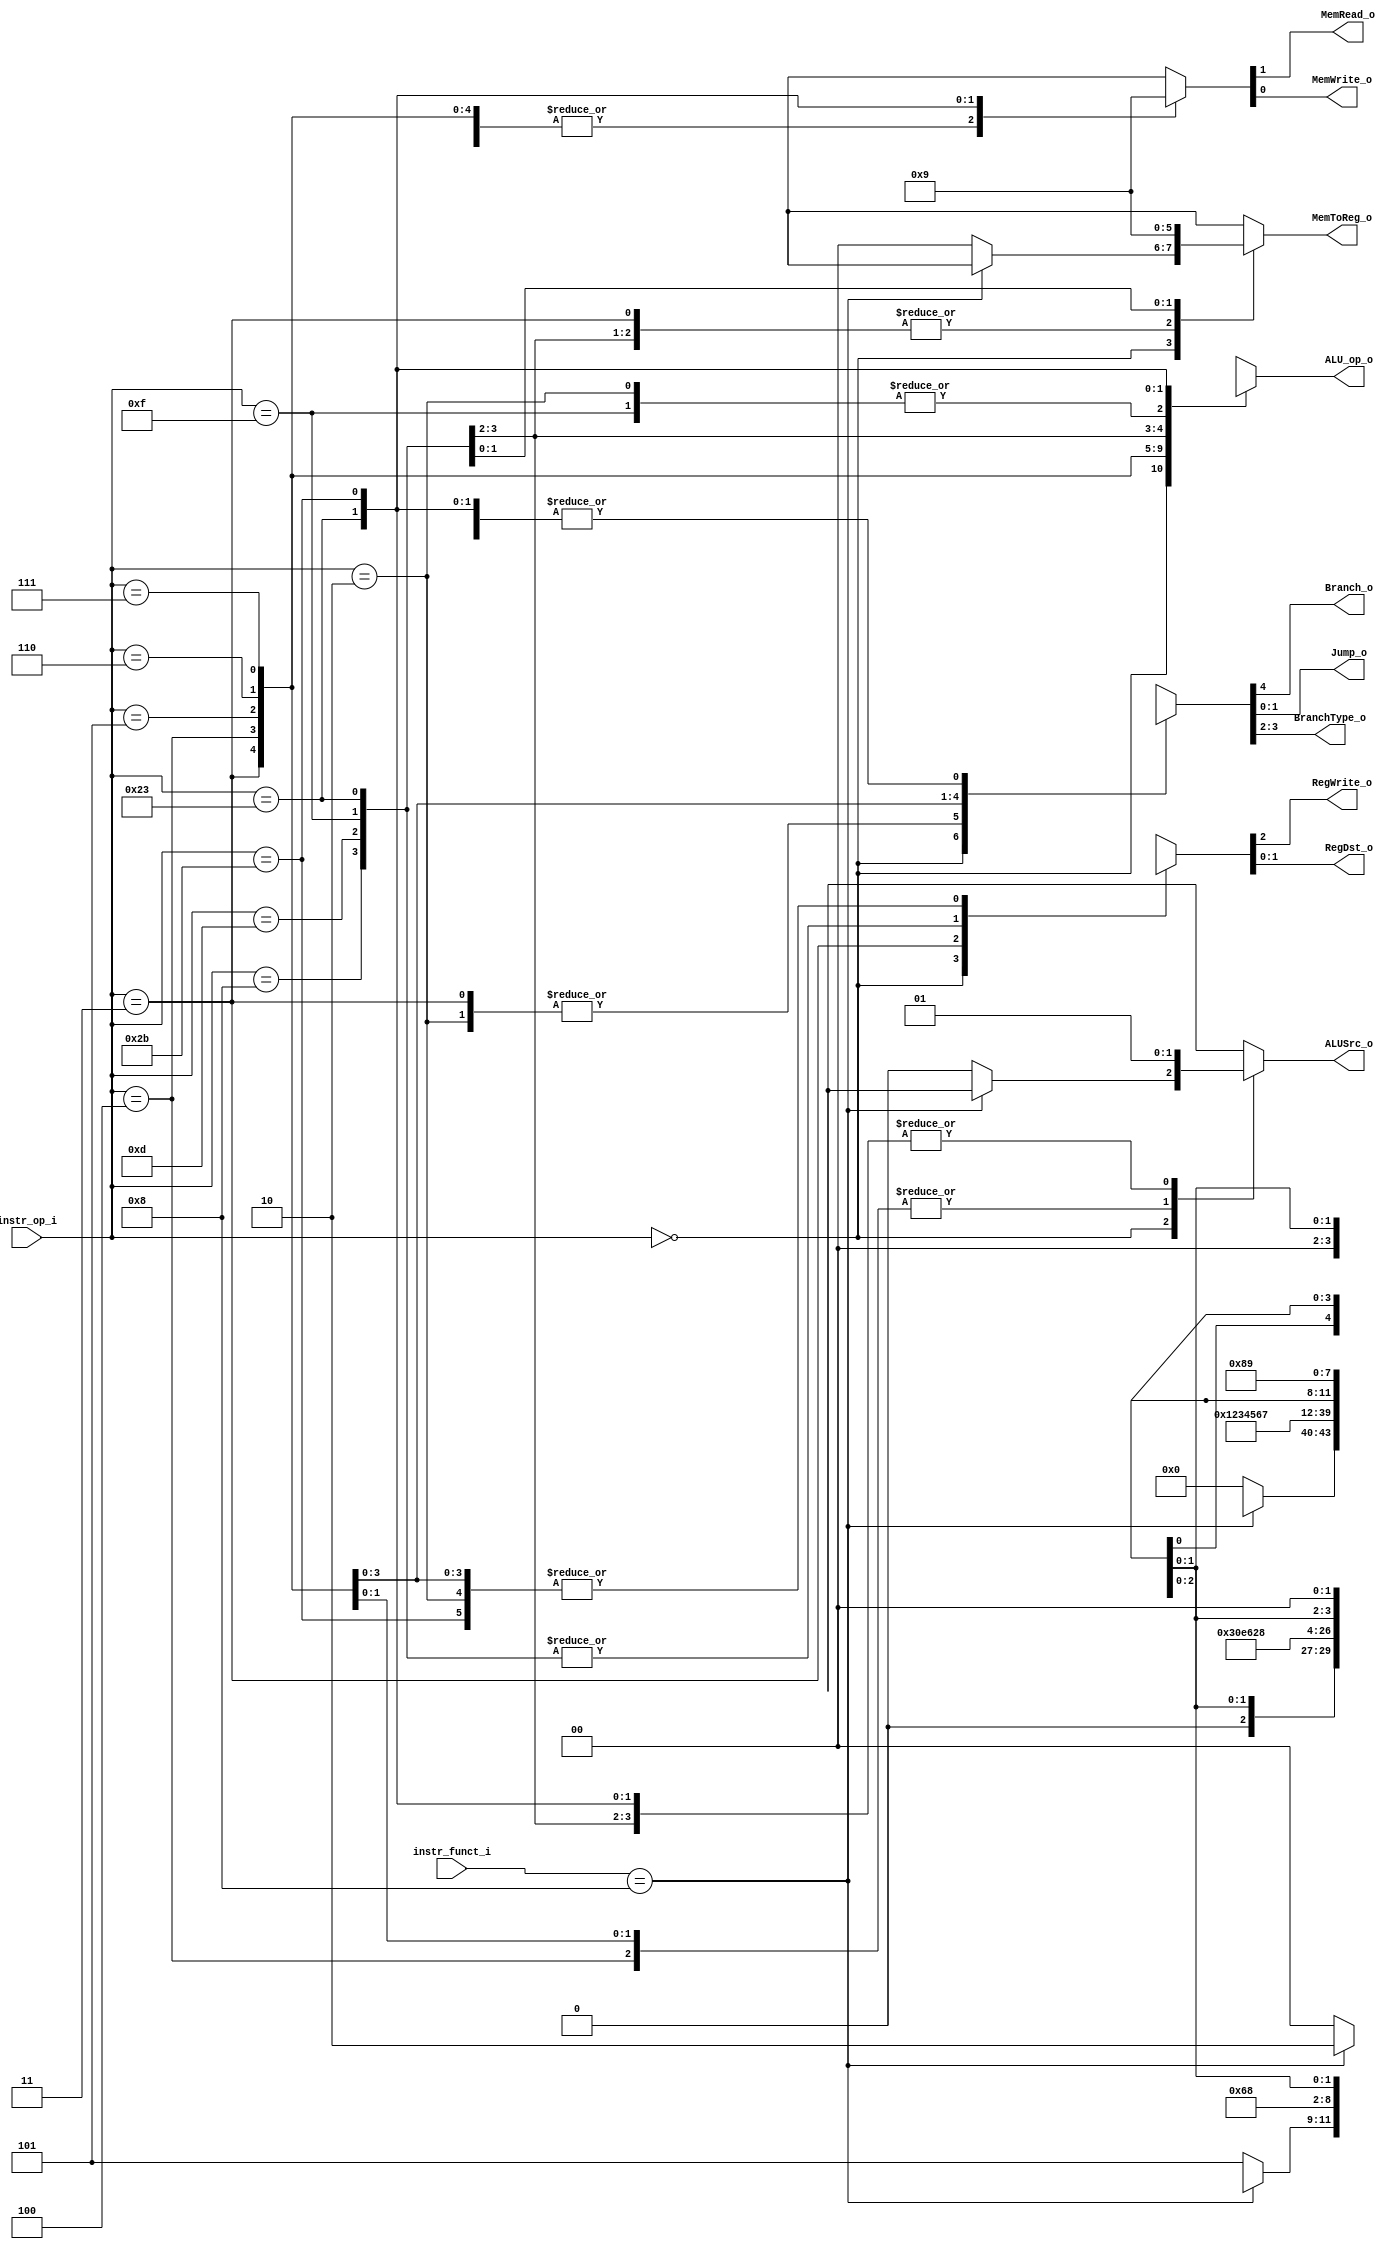
//Subject:     CO project 3 
//--------------------------------------------
//Student: 0411276 Chen Yi An
//Student: 0413335 Kuo Yi Lin
//--------------------------------------------

module Decoder(
input	[6-1:0]instr_op_i,
input [6-1:0]instr_funct_i, 
output	reg 				RegWrite_o,
output	reg [4-1:0]	ALU_op_o,
output	reg					ALUSrc_o,
output	reg	[2-1:0]	RegDst_o,
output	reg					Branch_o,
output	reg [2-1:0]	Jump_o,
output	reg [2-1:0]	MemToReg_o,
output	reg [2-1:0]	BranchType_o,
output	reg					MemRead_o,
output	reg					MemWrite_o
	);
	
//Internal signals

//indiacate the Branch_Type
parameter bType_BNEZ 	= 2'd3;
parameter bType_BLT 	= 2'd2;
parameter bType_BLE 	= 2'd1;
parameter bType_BEQ 	= 2'd0;

//{RegWrite_o, RegDst_o }
parameter REG_NO_WRITE 		= 3'b0_xx;
parameter REG_WRITE_SRC_RT 	= 3'b1_00;
parameter REG_WRITE_SRC_RD 	= 3'b1_01;
parameter REG_JAL           = 3'b1_10;//designed for Jal instruciton 

//{ MemRead_o, MemWrite_o }
parameter MEM_NO_ACCESS = 2'b00;
parameter MEM_READ 		= 2'b10;
parameter MEM_WRITE		= 2'b01;

/*-----------------------------------------------------------------------------
Specify the mux selection value which determined 
		whether the dataflow to Register file came from. 
This selective value is a must-be if writing back to RegisterFile is needed 
------------------------------------------------------------------------------*/
//MToR: MemtoReg_o 
parameter MToR_ALU 		= 2'd0;
parameter MToR_MEM 		= 2'd1;
parameter MToR_IMMDT 	= 2'd2;  


parameter ALU_SRC_REG 	= 1'b0;
parameter ALU_SRC_IMMDT = 1'b1;

parameter JUMP_NO 	= 2'd0;
parameter JUMP_YES	= 2'd1;
parameter JUMP_JR		= 2'd2;

parameter DONTCARE1 = 1'bx;
parameter DONTCARE2 = 2'bxx; 
parameter DONTCARE4 = 4'bxxxx;

//Main function
	always@(*)begin
	  case (instr_op_i)
	  	6'd0:begin 
				if( instr_funct_i == 6'h08)begin //Jump Regsiter --Representative instruction of this datapath 
					ALU_op_o                  <= DONTCARE4;
					ALUSrc_o                  <= DONTCARE1;
					{ RegWrite_o, RegDst_o }  <= REG_NO_WRITE;
					MemToReg_o                <= DONTCARE2;
					{ MemRead_o, MemWrite_o } <= MEM_NO_ACCESS;
					{ Branch_o, BranchType_o, Jump_o } <= { 1'b0, DONTCARE2, JUMP_JR};
				end
				else begin //Add	
					ALU_op_o                  <= 4'd0;
					ALUSrc_o                  <= ALU_SRC_REG;
					{ RegWrite_o, RegDst_o }  <= REG_WRITE_SRC_RD;
					MemToReg_o                <= MToR_ALU ;
					{ MemRead_o, MemWrite_o } <= MEM_NO_ACCESS;
					{ Branch_o, BranchType_o, Jump_o } <= { 1'b0, DONTCARE2, JUMP_NO};
		    end
			end

		6'd2:begin // Jump
			ALU_op_o                  <= DONTCARE4 ;
			ALUSrc_o                  <= DONTCARE1 ;
			{ RegWrite_o, RegDst_o }  <= REG_NO_WRITE ;
			MemToReg_o                <= DONTCARE2 ;
			{ MemRead_o, MemWrite_o } <= MEM_NO_ACCESS;
			{ Branch_o, BranchType_o, Jump_o } 	<= { 1'b0, DONTCARE2, JUMP_YES};
		  end


		6'd3:begin // JAL: Jump And Link
			ALU_op_o                  <= 4'd1;
			ALUSrc_o                  <= DONTCARE1 ;
			{ RegWrite_o, RegDst_o }  <= REG_JAL; //Special Case
			MemToReg_o                <= MToR_ALU; //The ALU would directly ouptut PC+4 
			{ MemRead_o, MemWrite_o } <= MEM_NO_ACCESS;
			{ Branch_o, BranchType_o, Jump_o } 	<= { 1'b0, DONTCARE2, JUMP_YES};
		  end

		6'd4:begin //BEQ
			ALU_op_o                  <= 4'd2;
			ALUSrc_o                  <= ALU_SRC_REG ;
			{ RegWrite_o, RegDst_o }  <= REG_NO_WRITE;
			MemToReg_o                <= DONTCARE2;
			{ MemRead_o, MemWrite_o } <= MEM_NO_ACCESS;
			{ Branch_o, BranchType_o, Jump_o } 	<= { 1'b1, bType_BEQ, JUMP_NO};
		  end

		6'd5:begin	//BNEZ
			ALU_op_o                  <= 4'd3;
			ALUSrc_o                  <= DONTCARE1 ;//The output of ALu is simply depend on "RS" field 
			{ RegWrite_o, RegDst_o }  <= REG_NO_WRITE;
			MemToReg_o                <= DONTCARE2;
			{ MemRead_o, MemWrite_o } <= MEM_NO_ACCESS;
			{ Branch_o, BranchType_o, Jump_o } 	<= { 1'b1, bType_BNEZ, JUMP_NO};
		  end

		6'd6:begin //BLT : Branch Less Than
			ALU_op_o                  <= 4'd4;
			ALUSrc_o                  <= ALU_SRC_REG ;
			{ RegWrite_o, RegDst_o }  <= REG_NO_WRITE;
			MemToReg_o                <= DONTCARE2;
			{ MemRead_o, MemWrite_o } <= MEM_NO_ACCESS;
			{ Branch_o, BranchType_o, Jump_o } 	<= { 1'b1, bType_BLT, JUMP_NO};
		  end

		6'd7:begin //BLE : Branch Less Equal
			ALU_op_o                  <= 4'd5;
			ALUSrc_o                  <= ALU_SRC_REG ;
			{ RegWrite_o, RegDst_o }  <= REG_NO_WRITE;
			MemToReg_o                <= DONTCARE2;
			{ MemRead_o, MemWrite_o } <= MEM_NO_ACCESS;
			{ Branch_o, BranchType_o, Jump_o } 	<= { 1'b1, bType_BLE, JUMP_NO};
		  end

		6'd8:begin //ADDI
			ALU_op_o                  <= 4'd6;
			ALUSrc_o                  <= ALU_SRC_IMMDT;
			{ RegWrite_o, RegDst_o }  <= REG_WRITE_SRC_RT;
			MemToReg_o                <= MToR_ALU ;
			{ MemRead_o, MemWrite_o } <= MEM_NO_ACCESS;
			{ Branch_o, BranchType_o, Jump_o } 	<= { 1'b0, DONTCARE2, JUMP_NO};
		  end

		6'd13:begin //ORI
			ALU_op_o                  <= 4'd7;
			ALUSrc_o                  <= ALU_SRC_IMMDT;
			{ RegWrite_o, RegDst_o }  <= REG_WRITE_SRC_RT;
			MemToReg_o                <= MToR_ALU ;
			{ MemRead_o, MemWrite_o } <= MEM_NO_ACCESS;
			{ Branch_o, BranchType_o, Jump_o } 	<= { 1'b0, DONTCARE2, JUMP_NO};
		  end

		6'd15:begin //LI: Load immediate, make the register RD directly to the immdt value, no memory needed 
			ALU_op_o                  <= DONTCARE4; //ALU must directly ouput the immdt value( immdt address) 
			ALUSrc_o                  <= DONTCARE2;
			{ RegWrite_o, RegDst_o }  <= REG_WRITE_SRC_RT;
			MemToReg_o                <= MToR_IMMDT; //This directly send the Sign Extended immdt value 
																							  // Back to Register File
			{ MemRead_o, MemWrite_o } <= MEM_NO_ACCESS ;
			{ Branch_o, BranchType_o, Jump_o } 	<= { 1'b0, DONTCARE2, JUMP_NO};
		  end

		6'd35:begin //LW: Load Word
					//I-type instruction 
			ALU_op_o                  <= 4'd8; 
			ALUSrc_o                  <= ALU_SRC_IMMDT;
			{ RegWrite_o, RegDst_o }  <= REG_WRITE_SRC_RT;
			MemToReg_o                <= MToR_MEM;
			{ MemRead_o, MemWrite_o } <= MEM_READ;
			{ Branch_o, BranchType_o, Jump_o } 	<= { 1'b0, DONTCARE2, JUMP_NO};
		  end

		6'd43:begin //SW: Store Word 
			//The RT field of the instruciotn is the data need to write to the memory 
			ALU_op_o                  <= 4'd9; //ALU must directly ouput the immdt value( immdt address) 
			ALUSrc_o                  <= ALU_SRC_IMMDT;
			{ RegWrite_o, RegDst_o }  <= REG_NO_WRITE;
			MemToReg_o                <= DONTCARE2;
			{ MemRead_o, MemWrite_o } <= MEM_WRITE;
			{ Branch_o, BranchType_o, Jump_o } 	<= { 1'b0, DONTCARE2, JUMP_NO};
		  end
		default: 
			{ALU_op_o,ALUSrc_o,RegWrite_o,RegDst_o,MemToReg_o,MemRead_o, MemWrite_o,Branch_o, BranchType_o, Jump_o} <= 15'bx ; 
			
	  endcase
	end
endmodule